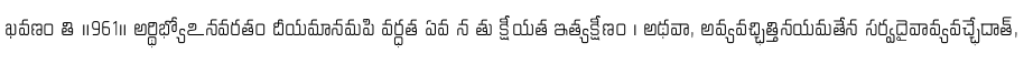
ఖవణం తి ॥961॥ అర్థిభ్యోఽనవరతం దీయమానమపి వర్ధత ఏవ న తు క్షీయత ఇత్యక్షీణం । అథవా, అవ్యవచ్ఛిత్తినయమతేన సర్వదైవావ్యవచ్ఛేదాత్,